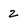
Character: Z